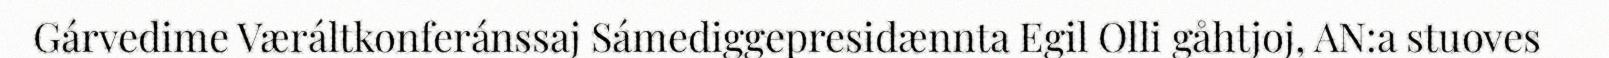
Gárvedime Væráltkonferánssaj Sámediggepresidænnta Egil Olli gåhtjoj, AN:a stuoves